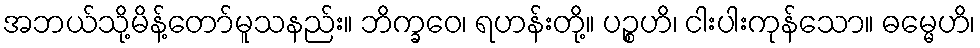
အဘယ်သို့မိန့်တော်မူသနည်း။ ဘိက္ခဝေ၊ ရဟန်းတို့။ ပဉ္စဟိ၊ ငါးပါးကုန်သော။ ဓမ္မေဟိ၊